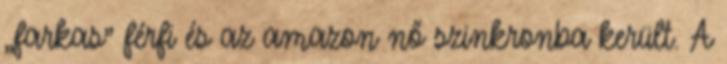
„farkas” férfi és az amazon nő szinkronba került. A